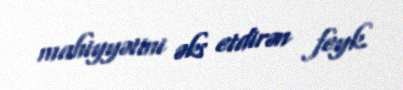
mahiyyətini əks etdirən feyk.